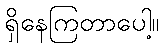
ရှိနေကြတာပေါ့။